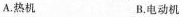
A.热机 B.电动机